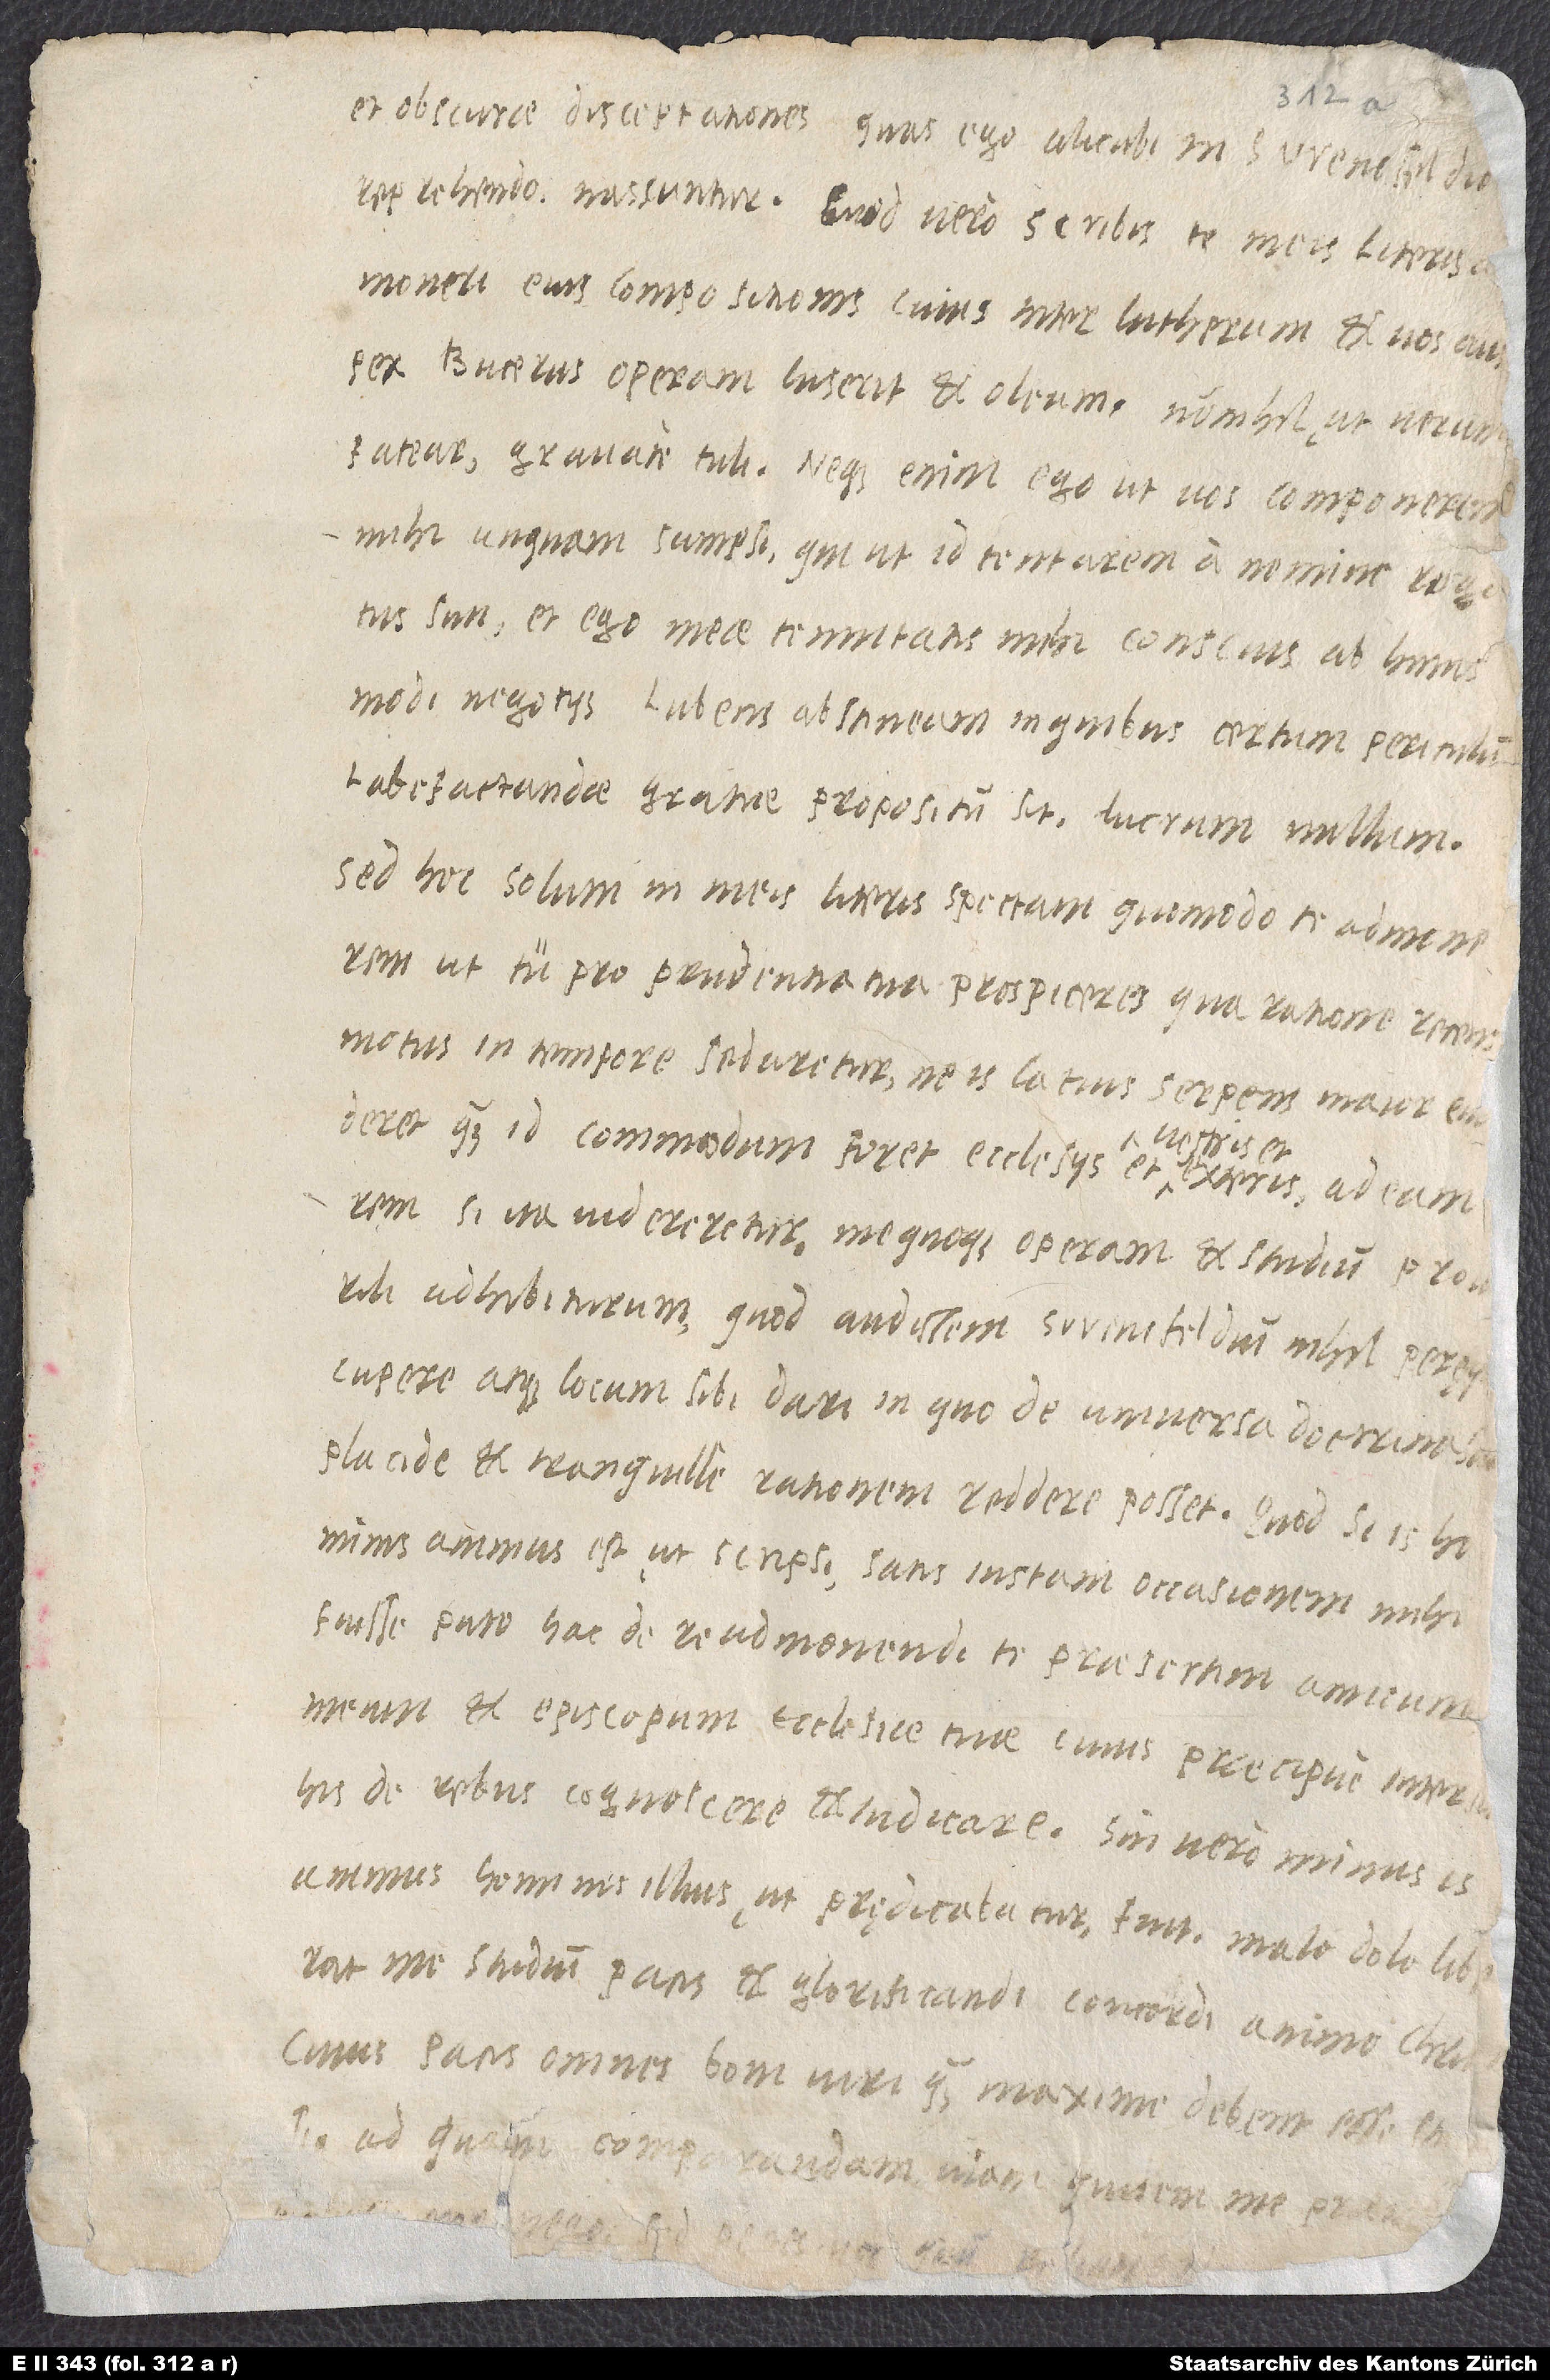
et obscurae disceptationes, quas ego alicubi in Swencfeldio
reprehendo, nascuntur. Quod vero scribis te meis literis a